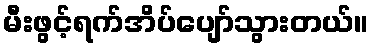
မီးဖွင့်ရက်အိပ်ပျော်သွားတယ်။